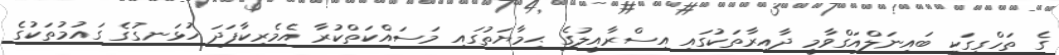
ގެ ތަހްގީގަކީ ބައިނަލްއަގްވާމީ ދާއިރާތަކުގައި އިސްރާއީލުގެ ޙިމާޔަތުގައި މަސައްކަތްކުރާ އެމެރިކާފަދަ ހުޅަނގުގެ ގައުމުތަކުގެ